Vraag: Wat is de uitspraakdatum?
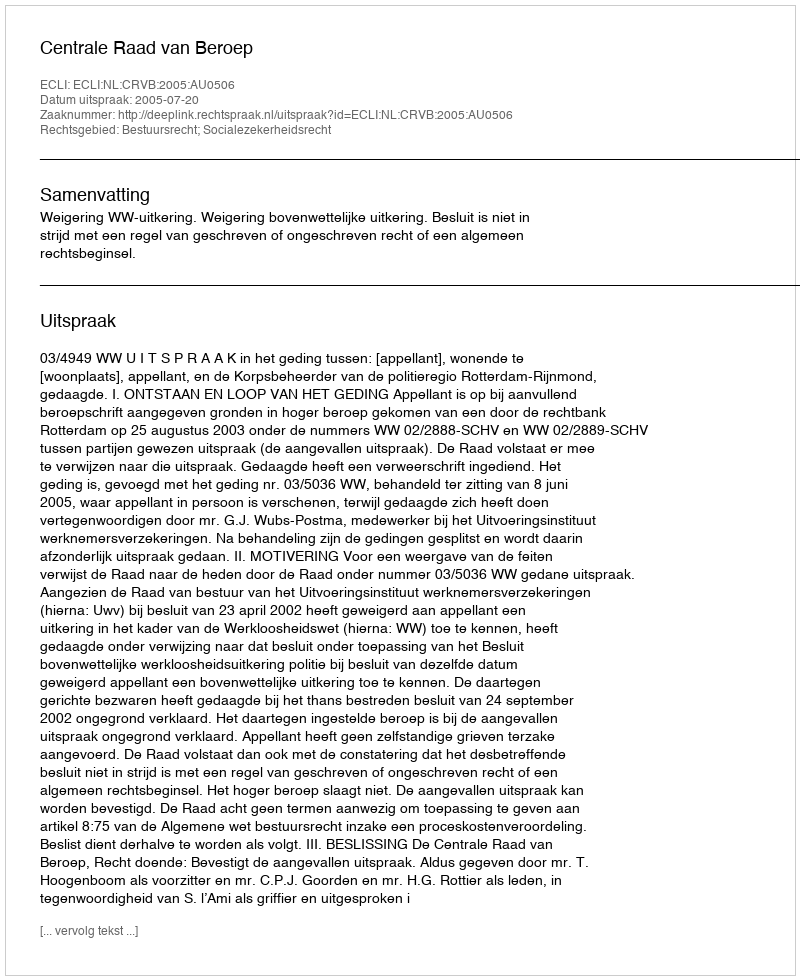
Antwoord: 2005-07-20